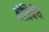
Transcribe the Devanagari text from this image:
तंत्रिबंध